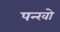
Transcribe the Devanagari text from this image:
पन्खो